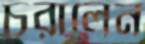
চরালেন